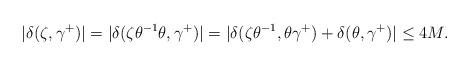
LaTeX: \begin{align*}|\delta(\zeta,\gamma^+)|=|\delta(\zeta\theta^{-1}\theta,\gamma^+)|=|\delta(\zeta\theta^{-1},\theta \gamma^+)+\delta(\theta,\gamma^+)|\leq 4M.\end{align*}